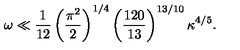
\omega \ll \frac { 1 } { 1 2 } \left( \frac { \pi ^ { 2 } } { 2 } \right) ^ { 1 / 4 } \left( \frac { 1 2 0 } { 1 3 } \right) ^ { 1 3 / 1 0 } \kappa ^ { 4 / 5 } .